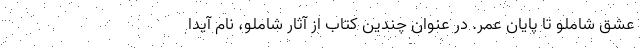
عشق شاملو تا پایان عمر. در عنوان چندین کتاب از آثار شاملو، نام آیدا